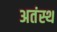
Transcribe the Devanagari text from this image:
अतंस्थ